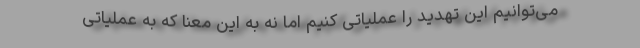
می‌توانیم این تهدید را عملیاتی کنیم اما نه به این معنا که به عملیاتی